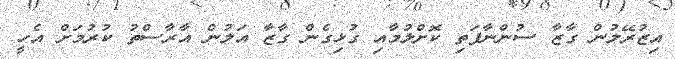
އިޒުރޭލުން ގާޒާ ސުންނާފަތި ކޮށްލުމާއި ގުޅިގެން ގާޒާ އަލުން އާރާސްތު ކުރުމަށް އެހީ